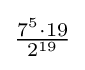
{\tfrac {7^{5}\cdot 19}{2^{19}}}